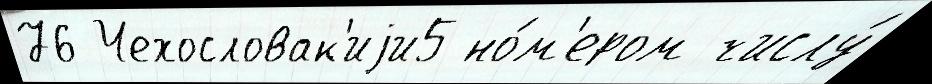
76 Чехословак'иjи5 но́м'ером числу́